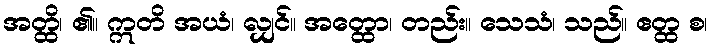
အတ္ထိ၊ ၏။ ဣတိ အယံ၊ လျှင်။ အတ္ထော၊ တည်း။ သေသံ၊ သည်။ ဧတ္ထ စ၊